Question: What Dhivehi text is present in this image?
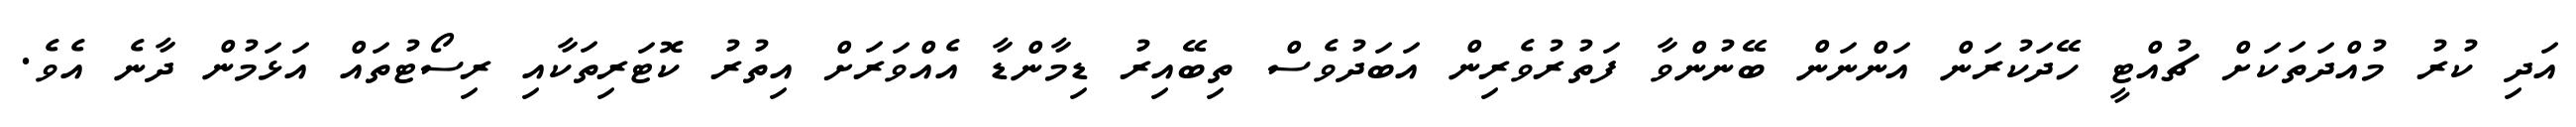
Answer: އަދި ކުރު މުއްދަތަކަށް ޗުއްޓީ ހޭދަކުރަން އަންނަން ބޭނުންވާ ފަތުރުވެރިން އަބަދުވެސް ތިބޭއިރު ޑިމާންޑާ އެއްވަރަށް އިތުރު ކޮޓަރިތަކާއި ރިސޯޓުތައް އަޅަމުން ދާނެ އެވެ.